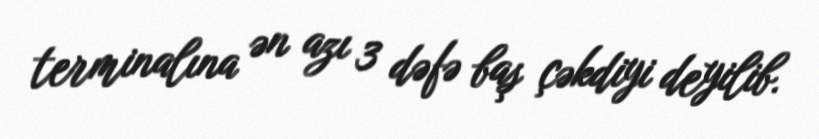
terminalına ən azı 3 dəfə baş çəkdiyi deyilib.